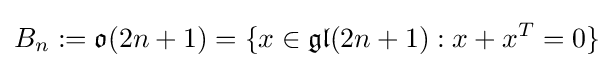
B_{n}:={\mathfrak {o}}(2n+1)=\{x\in {\mathfrak {gl}}(2n+1):x+x^{T}=0\}